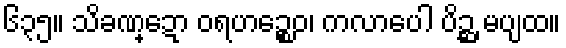
၆၃၅။ သိခဏ္ဍော ဝရဟဉ္စေဝ၊ ကလာပေါ ပိဉ္ဆ မပျထ။